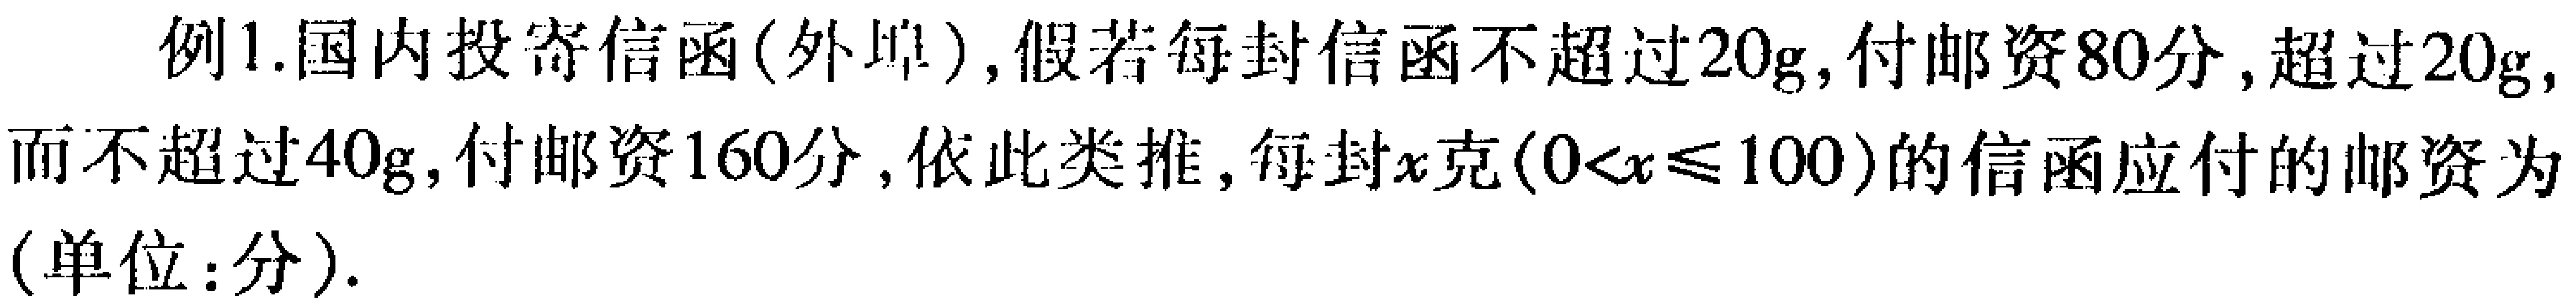
例1.国内投寄信函(外埠)，假若每封信函不超过\(20g\)，付邮资\(80\)分，超过\(20g\)，而不超过\(40g\)，付邮资\(160\)分，依此类推，每封\(x\)克\((0<x\leqslant100)\)的信函应付的邮资为(单位：分).